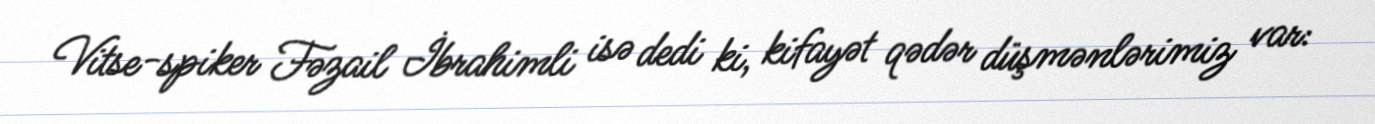
Vitse-spiker Fəzail İbrahimli isə dedi ki, kifayət qədər düşmənlərimiz var: